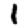
Digit: 1